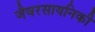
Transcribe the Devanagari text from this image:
जैवरसायनिकी